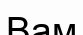
Вам